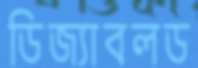
ডিজ্যাবলড